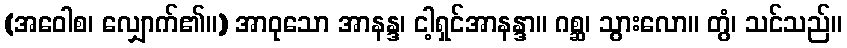
(အဝေါစ၊ လျှောက်၏။) အာဝုသော အာနန္ဒ၊ ငါ့ရှင်အာနန္ဒာ။ ဂစ္ဆ၊ သွားလော။ တွံ၊ သင်သည်။